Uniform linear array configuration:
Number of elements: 24
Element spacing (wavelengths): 0.75
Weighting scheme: uniform
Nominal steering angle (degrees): -60
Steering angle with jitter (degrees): -60.642
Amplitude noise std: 0.05
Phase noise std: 0.05

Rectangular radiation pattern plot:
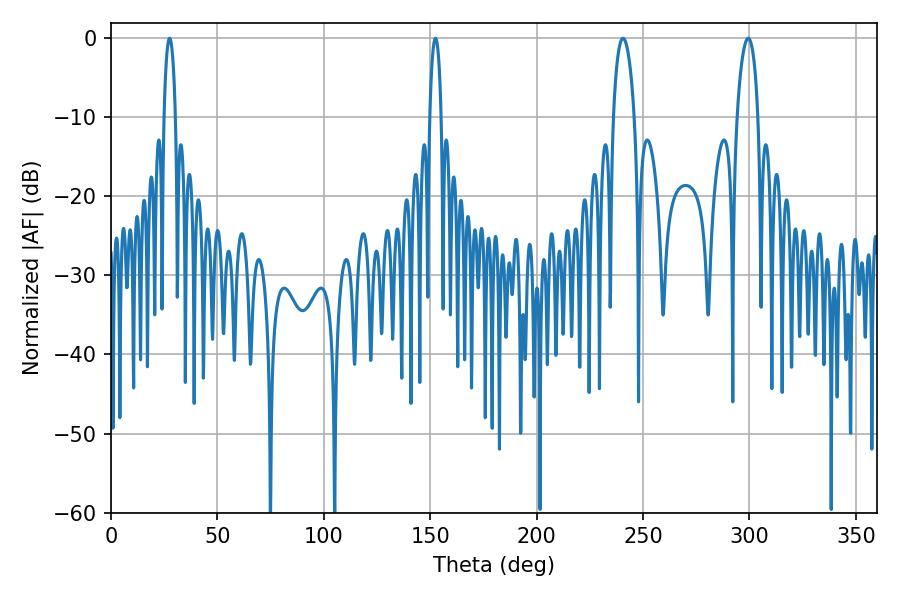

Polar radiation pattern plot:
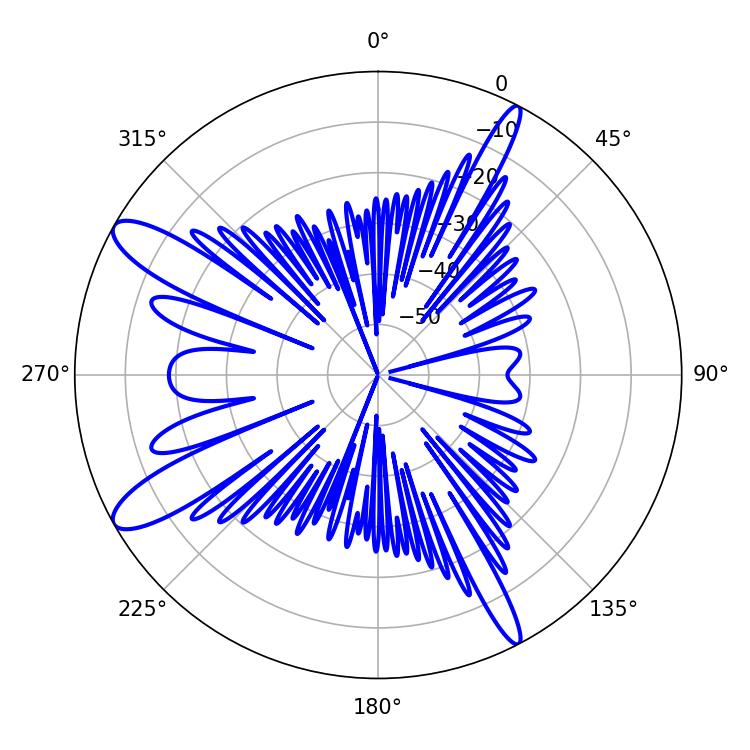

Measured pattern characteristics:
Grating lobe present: TRUE
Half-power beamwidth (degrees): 2.88
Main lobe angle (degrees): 27.54